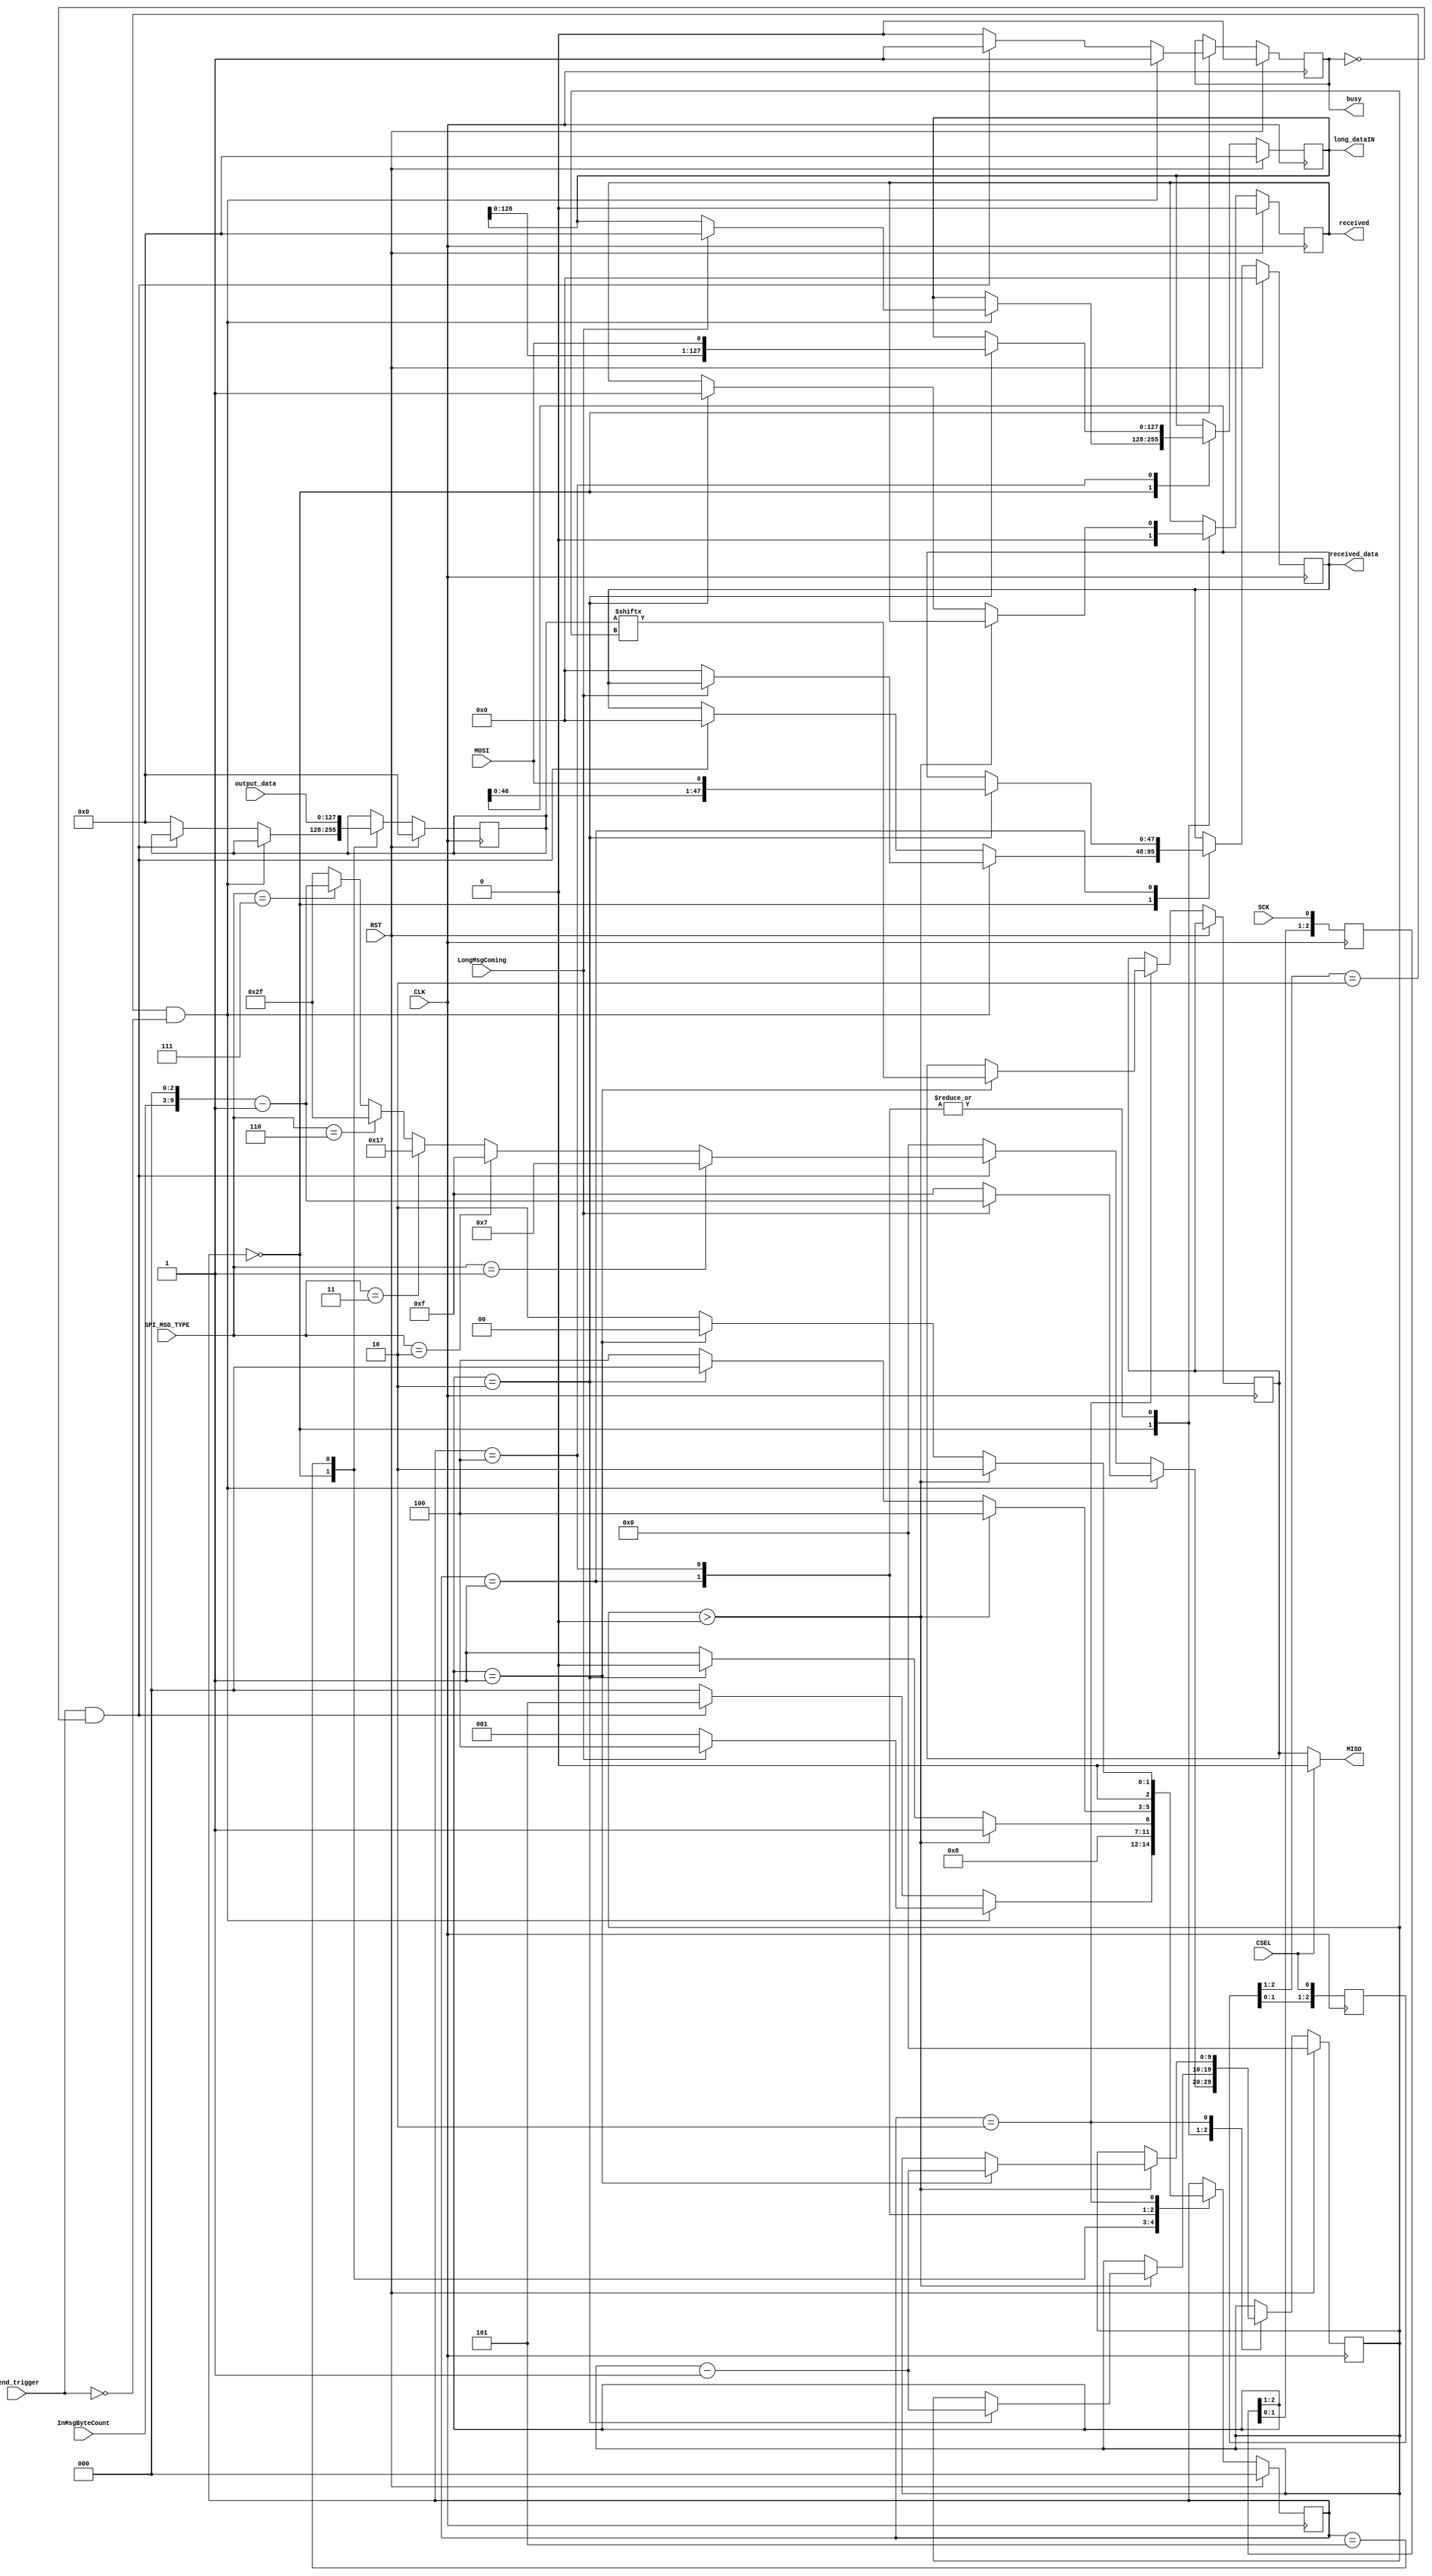
`timescale 1ns / 1ps
//////////////////////////////////////////////////////////////////////////////////
// Company: 
// Engineer: 
// 
// Design Name: 
// Module Name:    SPInew 
// Project Name: 
// Target Devices: 
// Tool versions: 
// Description: 
//
// Dependencies: 
//
// Revision: 
// Revision 0.01 - File Created
// Additional Comments: 
//
//////////////////////////////////////////////////////////////////////////////////
/*
module SPInew(
   input CLK, //high speed clock
	input  RST,
	//SPI signals
	input  SCK,
	input  MOSI,
   input	CSEL,
	output MISO,
	
	input send_trigger,
	output reg busy,
	output reg [47:0] received_data,
	output reg [47:0] long_dataIN,
	input [47:0] output_data,
	output reg received,
	output reg sent,
	input [3:0] InMsgByteCount,
	input LongMsgComing,
	input [2:0] SPI_MSG_TYPE
	);

//MSG TYPE
parameter NO_BY=3'b000, ONE_BY=3'b001, STD_TWO_BY=3'b010, THREE_BY= 3'b011 ,SIX_BY=3'b110, LONG = 3'b111 ;

parameter           IDLE=5'b00000,  RECEIVE=5'b00001,   SEND=5'b00010, WAIT_FOR_START=5'b00011, RECEIVE_LONG=5'b00100;
parameter           SEND_LAST=5'b00101, RECEIVE_LAST=5'b00110, SEND_WAIT_CSEL=5'b00111;


reg [4:0] stateSPI =IDLE;
reg [4:0] next_stateSPI;
//start message
reg [2:0] SSELr;  
always @(posedge CLK) SSELr <= {SSELr[1:0], CSEL};
wire CSEL_FallingEdge = (SSELr[2:1]==2'b10); //message starts

//bit sampling on SCK falling edge
reg [2:0] SCKr;  
always @(posedge CLK) SCKr <= {SCKr[1:0], SCK};
wire SCK_risingedge = (SCKr[2:1]==2'b01);  // now we can detect SCK rising edges
wire SCK_fallingedge = (SCKr[2:1]==2'b10);  // and falling edges



reg [47:0] output_reg;
reg [5:0] bit_cntr;


reg rMISO;
assign MISO = CSEL? 1'b0 : output_reg[bit_cntr];



//-------------------------------------------- main FSM
//----------------------

//-- initialize main FSM 

always @ (posedge CLK)
begin
	if (RST)
		stateSPI <= IDLE;
	else
		stateSPI <= next_stateSPI;
end

always@(*) begin

    next_stateSPI=stateSPI;
    
    case(stateSPI)
		 IDLE:
			 begin   
				if(CSEL_FallingEdge)        next_stateSPI=RECEIVE; //doesn't matter if long or short
				else if(send_trigger&&!busy)next_stateSPI=SEND_WAIT_CSEL;
				else                        next_stateSPI=IDLE;
			 end 
		 RECEIVE:
			 begin
				 if(bit_cntr==4'b0000) next_stateSPI=RECEIVE_LAST;
				 else next_stateSPI=RECEIVE;
			 end
		 RECEIVE_LAST: 
		    if(received) next_stateSPI=IDLE;
			  else next_stateSPI=RECEIVE_LAST;
		 SEND_WAIT_CSEL:
		    if(CSEL) next_stateSPI=SEND;
			 else next_stateSPI=SEND_WAIT_CSEL;
		 SEND:
			 begin
			 	 if(bit_cntr==4'b0000)  next_stateSPI=SEND_LAST;
				 else next_stateSPI=SEND;
			 end  
       SEND_LAST:
		     if(sent&&CSEL) next_stateSPI=IDLE;
			  else next_stateSPI=SEND_LAST;
       default:
		    next_stateSPI=IDLE;
	 endcase
    
end

reg [5:0] new_bit_cntr;

reg [5:0] bit_counter_init;

always@(posedge CLK) begin
   if(RST) new_bit_cntr <=6'b000000;
   else if(!CSEL && SCK_risingedge) 
	   if(bit_cntr!=6'b000000) new_bit_cntr <= bit_cntr -6'b000001;
		else new_bit_cntr <= bit_cntr;
	else if(CSEL) new_bit_cntr <= bit_counter_init;
   //else      new_bit_cntr <= bit_counter_init;
end


//bitcounter handling value---------------------------------------
always@(posedge CLK) begin
   if(stateSPI==IDLE) begin
		//if(CSEL_FallingEdge&&!send_trigger) begin
		if(!send_trigger) begin
			if(LongMsgComing) bit_counter_init<=6'b001000*InMsgByteCount-1'b1;
			else bit_counter_init<=6'b001111;
		end
		else if(send_trigger&&!busy) begin
			if(SPI_MSG_TYPE     ==ONE_BY)    bit_counter_init<=6'b000111;
			else if(SPI_MSG_TYPE==STD_TWO_BY)bit_counter_init<=6'b001111; //send 2bytes = countr = 23
			else if(SPI_MSG_TYPE==THREE_BY)  bit_counter_init<=6'b010111; //send 3bytes
			else if(SPI_MSG_TYPE==SIX_BY)    bit_counter_init<=6'b101111; //send 6bytes
			else if(SPI_MSG_TYPE==LONG)      bit_counter_init<=6'b001000*InMsgByteCount-1'b1;
			else                             bit_counter_init<=6'b001111;
		end
		else bit_counter_init<=bit_counter_init;
	end
	else bit_counter_init<=bit_counter_init;
end
always@(posedge CLK) begin
   if(RST) bit_cntr<=6'b000000;
   else if(CSEL)  bit_cntr<=bit_counter_init;
	//else if(stateSPI==RECEIVE && SCK_fallingedge && bit_cntr!=6'b000000) bit_cntr<=new_bit_cntr;
	//else if(stateSPI==SEND && SCK_risingedge) bit_cntr<=new_bit_cntr;
	else if(stateSPI==RECEIVE &&SCK_fallingedge&& bit_cntr!=6'b000000) bit_cntr<=new_bit_cntr;
	else if(stateSPI==SEND && SCK_fallingedge && bit_cntr!=6'b000000) bit_cntr<=new_bit_cntr;
	else bit_cntr<=bit_cntr;
end

//--------------------RECEIVED flag
always@(posedge CLK) begin //should be clocked so the received will be 1 for whole CLK period??
	if(RST) received<=1'b0;
   else if(stateSPI==RECEIVE_LAST && bit_cntr==6'b000000 && SCK_fallingedge) received<=1'b1;
   else received<=1'b0; 
end

//--------------------SENT flag
always@(posedge CLK) begin //should be clocked so the received will be 1 for whole CLK period??
	if(RST) sent<=1'b0;
   else if(stateSPI==SEND_LAST && bit_cntr==6'b000000) sent<=1'b1;
   else sent<=1'b0; 
end
//--------------------BUSY flag
always@(posedge CLK) begin
   if(RST) busy<=1'b0;
   else if(stateSPI==RECEIVE || stateSPI==RECEIVE_LAST || stateSPI==SEND_WAIT_CSEL || stateSPI==SEND || stateSPI==SEND_LAST) busy<=1'b1;
	else busy<=1'b0;	
end

//-------------------- RECEIVE DATA
//always@(negedge SCK or posedge RST)begin
always@(posedge CLK)begin
   if(RST) received_data<=48'h000000000000;
   //if(stateSPI==RECEIVE) received_data<={32'h00000000,received_data[14:0],MOSI};
   else if((stateSPI==RECEIVE || stateSPI==RECEIVE_LAST) && SCK_fallingedge) received_data<={received_data[46:0],MOSI};	
end

always@(posedge CLK) begin
   if(RST) output_reg<=48'h000000000000;
   else if(CSEL) output_reg<=output_data;
	else output_reg<=output_reg;
end

endmodule	
*/






module SPInew(
   input CLK, //high speed clock
	input  RST,
	//SPI signals
	input  SCK,
	input  MOSI,
   input	CSEL,
	output MISO,
	
	input send_trigger,
	output reg busy,
	output reg [47:0] received_data,
	output reg [127:0] long_dataIN,
	input [127:0] output_data,
	output reg received,
	input [6:0] InMsgByteCount,
	input LongMsgComing,
	input [2:0] SPI_MSG_TYPE
	);

//MSG TYPE
parameter NO_BY=3'b000, ONE_BY=3'b001, STD_TWO_BY=3'b010, THREE_BY= 3'b011 ,SIX_BY=3'b110, LONG = 3'b111 ;

parameter           IDLE=5'b00000,  RECEIVE=5'b00001,   SEND=5'b00010, WAIT_FOR_START=5'b00011, RECEIVE_LONG=5'b00100;
parameter      PREP_SEND=5'b00101; 
reg [2:0] stateSPI =IDLE;

//start message
reg [2:0] SSELr;  
always @(posedge CLK) SSELr <= {SSELr[1:0], CSEL};
wire CSEL_FallingEdge = (SSELr[2:1]==2'b10); //message starts

//bit sampling on SCK falling edge
reg [2:0] SCKr;  
always @(posedge CLK) SCKr <= {SCKr[1:0], SCK};
wire SCK_risingedge = (SCKr[2:1]==2'b01);  // now we can detect SCK rising edges
wire SCK_fallingedge = (SCKr[2:1]==2'b10);  // and falling edges

reg rMISO;
assign MISO = CSEL? 1'b0 : rMISO;


reg [127:0] output_reg;
//reg [11:0] bit_cntr=12'b000000000000;
//reg [3:0] short_counter=4'b0000;
reg [9:0] bit_cntr=10'b0000000000;
wire [9:0] new_counter;
assign new_counter = bit_cntr -10'b0000000001;



	always@(posedge CLK ) begin

		if(RST==1) begin
			stateSPI<=IDLE; 
         busy<=1'b0;		
         received_data<=48'h000000000000;	
         received<=1'b0;
			output_reg<=48'h000000000000;	
			//output_reg<=0;
         bit_cntr<=10'b0000000000;
         long_dataIN<=0;			
		end
		else 
		begin
		
      case(stateSPI)
			IDLE: 
			  begin
				 if(CSEL_FallingEdge&&!send_trigger) begin
					 if(LongMsgComing) begin
					    //bit_cntr<=6'b101111;//47
					    stateSPI<=RECEIVE_LONG;
						 bit_cntr<=(InMsgByteCount<<3)-1'b1;
						 long_dataIN<={128{1'b0}};	
					 end
					 else begin
					    stateSPI<=RECEIVE;//transmission starts   
					    bit_cntr<=10'b0000001111; //16!
					    received_data<={48{1'b0}};	
					 end
					 busy<=1'b1;	
					 received<=1'b0;
				 end
				 else if(send_trigger&&!busy)
				 begin
				    stateSPI<=PREP_SEND;//transmission starts 
					 if(SPI_MSG_TYPE     ==ONE_BY)    bit_cntr<=10'b0000000111;
                //else if(SPI_MSG_TYPE==3'b001)  bit_cntr<=12'b111111111111; // standard command is 2B -1 = 15 (4'b1111)
					 else if(SPI_MSG_TYPE==STD_TWO_BY)bit_cntr<=10'b0000001111; //send 2bytes = countr = 23
					 else if(SPI_MSG_TYPE==THREE_BY)  bit_cntr<=10'b0000010111; //send 3bytes
					 else if(SPI_MSG_TYPE==SIX_BY)    bit_cntr<=10'b0000101111; //send 6bytes
					 else if(SPI_MSG_TYPE==LONG)      bit_cntr<=(InMsgByteCount<<3)-1'b1;
					 else                             bit_cntr<=10'b0000101111;
					 busy<=1'b1;
					 
					 //rMISO<=0;
					 received_data<=48'h000000000000;
					 received<=1'b0;
				 end
				 else begin
			       stateSPI<=IDLE;
					 bit_cntr<=10'b0000000000;
					 busy<=1'b0;
					 //rMISO<=0;
					 received<=1'b0;					 
				    output_reg<={512{1'b0}};
			       //output_reg<=0;
         
				 end
			  end
			PREP_SEND:
			begin
			   stateSPI<=SEND;
				output_reg<=output_data;
			end
			RECEIVE:
			  begin
				 if(bit_cntr>10'b0000000000) begin
					 if(SCK_fallingedge)//sample the data from MOSI to register
					 begin
					    received_data[47:0]<={received_data[46:0],MOSI};
						 bit_cntr<=bit_cntr-1'b1;
					 end
	             stateSPI<=RECEIVE;
				 end
				 else begin
				    if(SCK_fallingedge)//sample last element from MOSI to register
					 begin
						 received_data[47:0]<={received_data[46:0],MOSI};
						 //bit_cntr<=bit_cntr-1'b1;
					    stateSPI<=IDLE;
						 received<=1'b1;
					 end
					 else stateSPI<=RECEIVE;
					 
				 end
			  end
			 RECEIVE_LONG:
			  begin
				 if(bit_cntr>10'b0000000000) begin
					 if(SCK_fallingedge)//sample the data from MOSI to register
					 begin
					 	 long_dataIN<={long_dataIN[126:0],MOSI};
					    bit_cntr<=bit_cntr-1'b1;
					 end
					 stateSPI<=RECEIVE_LONG;
				 end
				 else begin
				    if(SCK_fallingedge)//sample the last data from MOSI to register
					 begin
						 long_dataIN<={long_dataIN[126:0],MOSI};
						 //bit_cntr<=bit_cntr-1'b1;
					    stateSPI<=IDLE;
						 received<=1'b1;
					 end
					 else stateSPI<=RECEIVE_LONG;			 
				 end
			  end 
			 SEND:
			   begin
				  
				  if(bit_cntr>10'b0000000000) begin
				 	 
					 if(SCK_risingedge)//send the data to  MISO 
					 begin
					    rMISO<=output_reg[bit_cntr];
						 //bit_cntr<=bit_cntr-1'b1;
						 bit_cntr<=new_counter;
					 end
					 else begin 
					    bit_cntr<=bit_cntr;
						 rMISO<=rMISO;
					 end
	             stateSPI<=SEND;
				  end
				  else begin
				    bit_cntr<=bit_cntr;
				    if(SCK_risingedge)//send the last bit 
					 begin
						 rMISO<=output_reg[bit_cntr];
						 stateSPI<=IDLE;
					 end
					 else begin 
					    stateSPI<=SEND;
						 rMISO<=rMISO;
					 end
				  end
				end
			 endcase

		end

		
	end 
	
	
endmodule